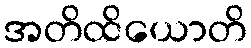
အတိထိယောတိ